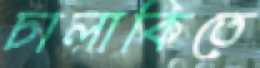
চালাকিতে